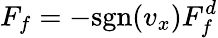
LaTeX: F_{f}=-\mathrm{sgn}(v_{x})F_{f}^{d}